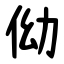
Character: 㑃